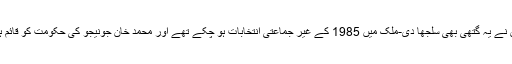
لیکن ایک واقعہ ایسا پیش آیا کہ اس نے یہ گتھی بھی سلجھا دی-ملک میں 1985 کے غیر جماعتی انتخابات ہو چکے تھے اور محمد خان جونیجو کی حکومت کو قائم ہوئے ایک دو سال گزر چکےتھے۔